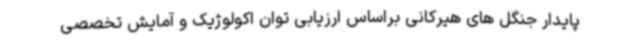
پایدار جنگل های هیرکانی براساس ارزیابی توان اکولوژیک و آمایش تخصصی